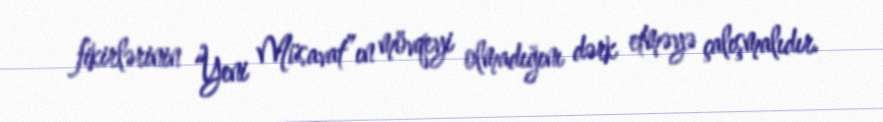
fikirlərinin “Yeni Müsavat”ın mövqeyi olmadığını dərk etməyə çalışmalıdır.